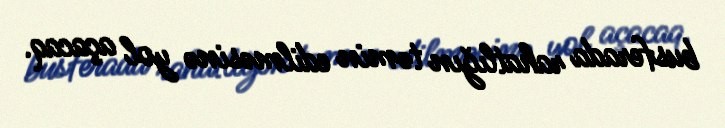
busferada rahatlığın təmin edilməsinə yol açacaq.